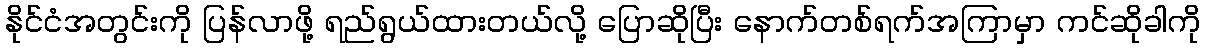
နိုင်ငံအတွင်းကို ပြန်လာဖို့ ရည်ရွယ်ထားတယ်လို့ ပြောဆိုပြီး နောက်တစ်ရက်အကြာမှာ ကင်ဆိုခါကို